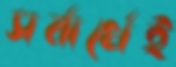
সর্বার্থেই